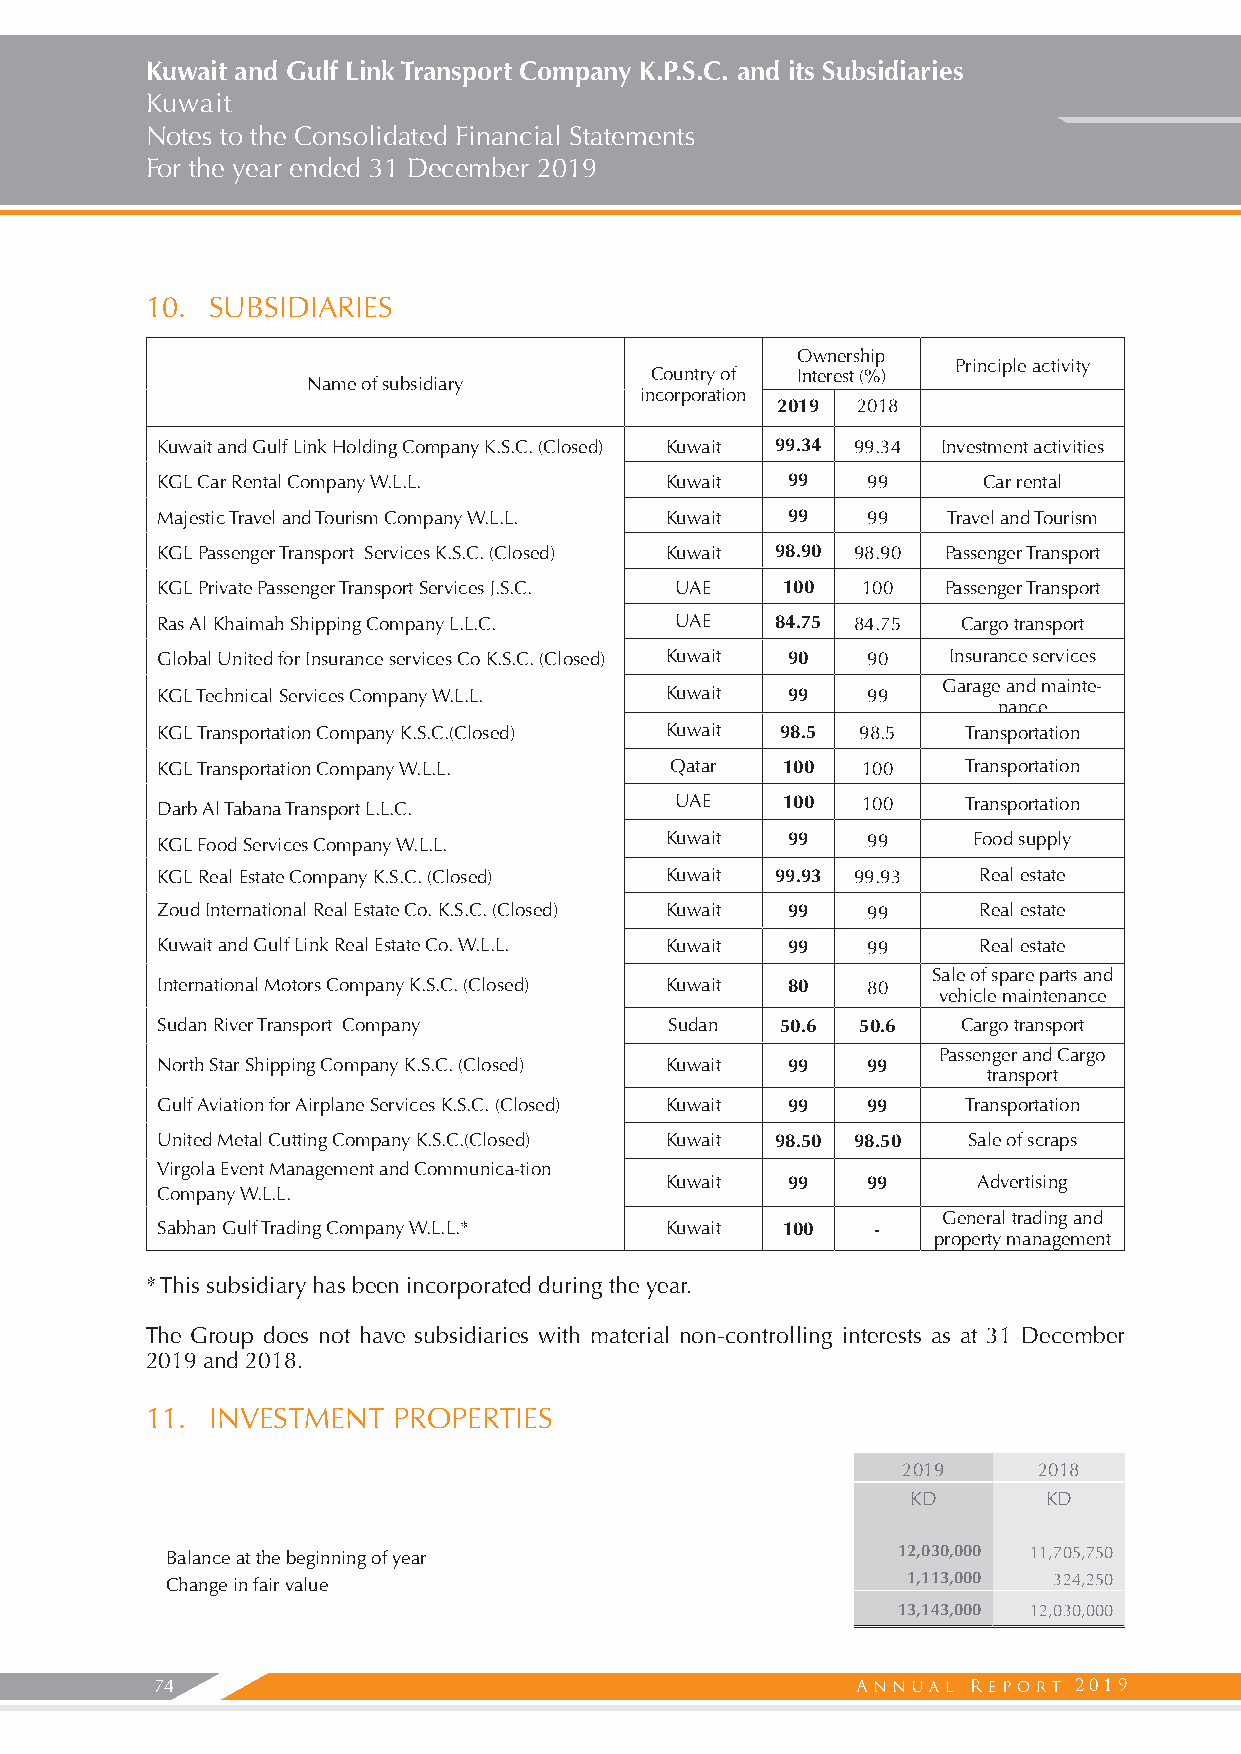
Kuwait and Gulf Link Transport Company K.P.S.C. and its Subsidiaries
 Kuwait
 Notes to the Consolidated Financial Statements
 For the year ended 31 December 2019
 10. SUBSIDIARIES
 Ownership
 Principle activity
 Country of Interest (%)
 Name of subsidiary
 incorporation
 2019  2018
 Kuwait and Gulf Link Holding Company K.S.C. (Closed) Kuwait 99.34 99.34 Investment activities
 KGL Car Rental Company W.L.L.     Kuwait  99   99      Car rental
 Majestic Travel and Tourism Company W.L.L. Kuwait 99 99 Travel and Tourism
 KGL Passenger Transport Services K.S.C. (Closed) Kuwait 98.90 98.90 Passenger Transport
 KGL Private Passenger Transport Services J.S.C. UAE 100 100 Passenger Transport
 Ras Al Khaimah Shipping Company L.L.C. UAE 84.75 84.75 Cargo transport
 Global United for Insurance services Co K.S.C. (Closed) Kuwait 90 90 Insurance services
 Garage and mainte-
 KGL Technical Services Company W.L.L. Kuwait 99 99
 nance
 KGL Transportation Company K.S.C.(Closed) Kuwait 98.5 98.5 Transportation
 KGL Transportation Company W.L.L. Qatar   100  100    Transportation
 Darb Al Tabana Transport L.L.C.    UAE    100  100    Transportation
 KGL Food Services Company W.L.L.  Kuwait  99   99     Food supply
 KGL Real Estate Company K.S.C. (Closed) Kuwait 99.93 99.93 Real estate
 Zoud International Real Estate Co. K.S.C. (Closed) Kuwait 99 99 Real estate
 Kuwait and Gulf Link Real Estate Co. W.L.L. Kuwait 99 99 Real estate
 Sale of spare parts and
 International Motors Company K.S.C. (Closed) Kuwait 80 80
 vehicle maintenance
 Sudan River Transport Company     Sudan   50.6 50.6   Cargo transport
 Passenger and Cargo
 North Star Shipping Company K.S.C. (Closed) Kuwait 99 99
 transport
 Gulf Aviation for Airplane Services K.S.C. (Closed) Kuwait 99 99 Transportation
 United Metal Cutting Company K.S.C.(Closed) Kuwait 98.50 98.50 Sale of scraps
 Virgola Event Management and Communica-tion
 Kuwait  99   99      Advertising
 Company W.L.L.
 General trading and
 Sabhan Gulf Trading Company W.L.L.* Kuwait 100  -
 property management
 * This subsidiary has been incorporated during the year.
 The Group does not have subsidiaries with material non-controlling interests as at 31 December
 2019 and 2018.
 11. INVESTMENT  PROPERTIES
 2019     2018
 KD       KD
 Balance at the beginning of year                12,030,000 11,705,750
 Change in fair value                             1,113,000 324,250
 13,143,000 12,030,000
 74                                                           2019